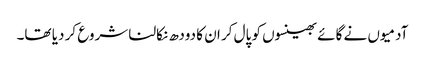
آدمیوں نے گائے بھینسوں کو پال کر ان کا دودھ نکالنا شروع کر دیا تھا۔